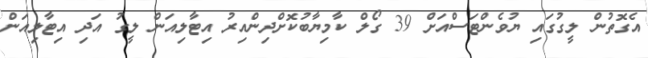
އެގޮތުން ލީގުގައި ޔުވެންޓަސްއަށް 39 ގޯލް ކާމިޔާބުކޮށްދިންއިރު އިޓާލިއަން ލީގު އަދި އިޓާލިއަން